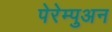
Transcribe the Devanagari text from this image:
पेरेम्पुअन